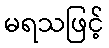
မရသဖြင့်